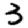
Digit: 3